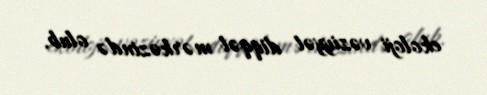
ekoloji vəziyyət diqqət mərkəzində olub.